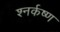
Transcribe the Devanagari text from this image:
श्नर्कष्ण